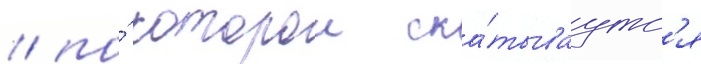
/ по́ которои ска́тываутс'я